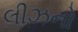
લીઝનો